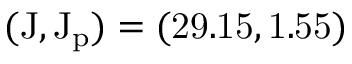
( \mathrm { { J } , \mathrm { { J _ { p } } ) = ( 2 9 . 1 5 , 1 . 5 5 ) } }